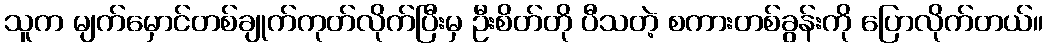
သူက မျက်မှောင်တစ်ချုက်ကုတ်လိုက်ပြီးမှ ဦးစိတ်တို ပီသတဲ့ စကားတစ်ခွန်းကို ပြောလိုက်တယ်။